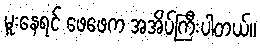
မူးနေရင် ဖေဖေက အအိပ်ကြီးပါတယ်။